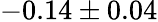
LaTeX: -0.14\pm 0.04